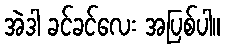
အဲဒါ ခင်ခင်လေး အပြစ်ပါ။